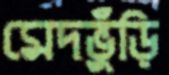
মেদভুঁড়ি